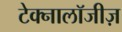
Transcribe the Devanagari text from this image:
टेक्नालॉजीज़